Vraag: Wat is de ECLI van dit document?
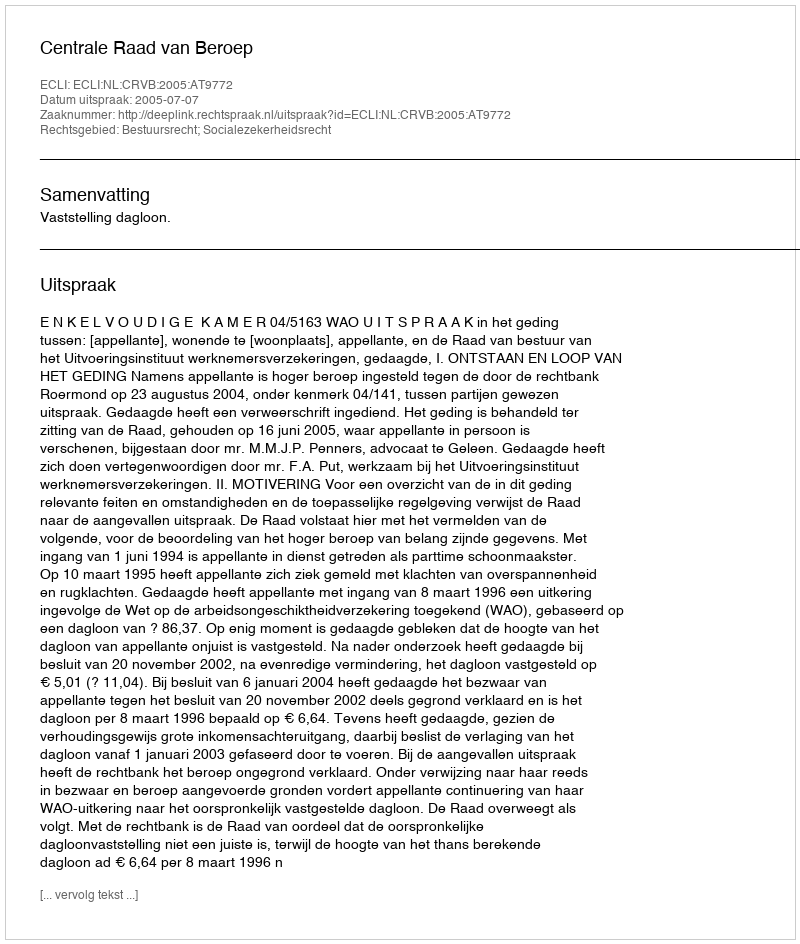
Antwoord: ECLI:NL:CRVB:2005:AT9772